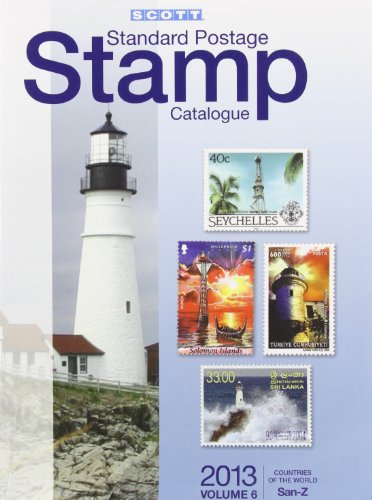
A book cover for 2013 Scott Standard Postage Stamp Catalogue Volume 6 Countries of the World San-Z (Scott Standard Postage Stamp Catalogue: Vol.6: Countries Solomon Islands-Z); Charles Snee; Crafts, Hobbies & Home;